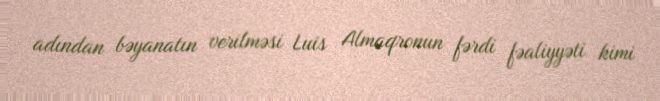
adından bəyanatın verilməsi Luis Almaqronun fərdi fəaliyyəti kimi